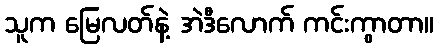
သူက မြေလတ်နဲ့ အဲဒီလောက် ကင်းကွာတာ။